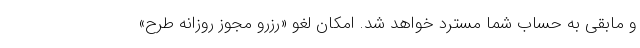
و مابقی به حساب شما مسترد خواهد شد. امکان لغو «رزرو مجوز روزانه طرح»